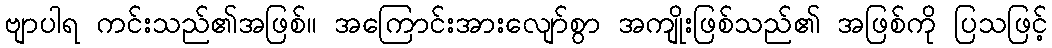
ဗျာပါရ ကင်းသည်၏အဖြစ်။ အကြောင်းအားလျော်စွာ အကျိုးဖြစ်သည်၏ အဖြစ်ကို ပြသဖြင့်